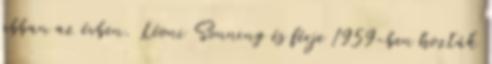
abban az évben. Léoni Sonning és férje 1959-ben hozták